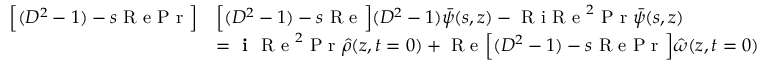
\begin{array} { r l } { \Big [ ( D ^ { 2 } - 1 ) - s \textrm { R e P r } \Big ] } & { \Big [ ( D ^ { 2 } - 1 ) - s \textrm { R e } \Big ] ( D ^ { 2 } - 1 ) \bar { \psi } ( s , z ) - \textrm { R i R e } ^ { 2 } \textrm { P r } \bar { \psi } ( s , z ) } \\ & { = \textbf { i } \textrm { R e } ^ { 2 } \textrm { P r } \hat { \rho } ( z , t = 0 ) + \textrm { R e } \Big [ ( D ^ { 2 } - 1 ) - s \textrm { R e P r } \Big ] \hat { \omega } ( z , t = 0 ) } \end{array}